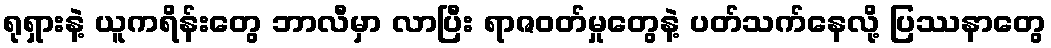
ရုရှားနဲ့ ယူကရိန်းတွေ ဘာလီမှာ လာပြီး ရာဇဝတ်မှုတွေနဲ့ ပတ်သက်နေလို့ ပြဿနာတွေ